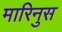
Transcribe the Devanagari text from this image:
मारिनुस